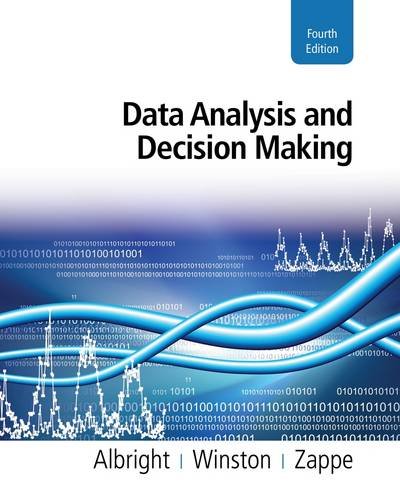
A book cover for Data Analysis and Decision Making; S. Christian Albright; Computers & Technology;